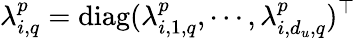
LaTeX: \lambda_{i,q}^{p}=\mathrm{diag}(\lambda_{i,1,q}^{p},\cdots,\lambda_{i,d_{u},q}^{p})^{\top}